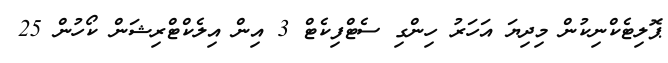
ޕޮލިޓެކްނިކުން މިދިޔަ އަހަރު ހިންގި ސެޓްފިކެޓް 3 އިން އިލެކްޓްރިޝަން ކޯހުން 25